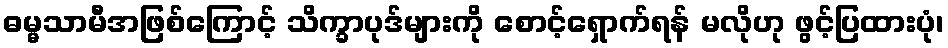
ဓမ္မသာမီအဖြစ်ကြောင့် သိက္ခာပုဒ်များကို စောင့်ရှောက်ရန် မလိုဟု ဖွင့်ပြထားပုံ၊